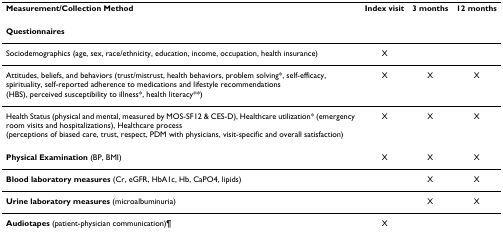
<table><thead><tr><td><b>Measurement/Collection Method</b></td><td><b>Index visit</b></td><td><b>3 months</b></td><td><b>12 months</b></td></tr></thead><tbody><tr><td><b>Questionnaires</b></td><td></td><td></td><td></td></tr><tr><td>Sociodemographics (age, sex, race/ethnicity, education, income, occupation, health insurance)</td><td>X</td><td></td><td></td></tr><tr><td>Attitudes, beliefs, and behaviors (trust/mistrust, health behaviors, problem solving*, self-efficacy, spirituality, self-reported adherence to medications and lifestyle recommendations (HBS), perceived susceptibility to illness*, health literacy**)</td><td>X</td><td>X</td><td>X</td></tr><tr><td>Health Status (physical and mental, measured by MOS-SF12 &amp; CES-D), Healthcare utilization* (emergency room visits and hospitalizations), Healthcare process (perceptions of biased care, trust, respect, PDM with physicians, visit-specific and overall satisfaction)</td><td>X</td><td>X</td><td>X</td></tr><tr><td><b>Physical Examination </b>(BP, BMI)</td><td>X</td><td>X</td><td>X</td></tr><tr><td><b>Blood laboratory measures </b>(Cr, eGFR, HbA1c, Hb, CaPO4, lipids)</td><td></td><td>X</td><td>X</td></tr><tr><td><b>Urine laboratory measures </b>(microalbuminuria)</td><td></td><td>X</td><td>X</td></tr><tr><td><b>Audiotapes </b>(patient-physician communication)¶</td><td>X</td><td></td><td></td></tr></tbody></table>